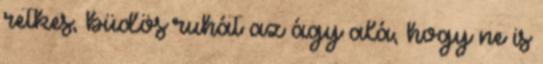
retkes, büdös ruhát az ágy alá, hogy ne is